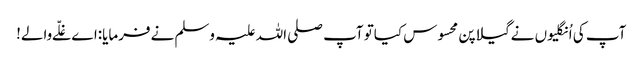
آپ کی اُنگلیوں نےگیلاپن محسوس کیاتو آپ صلی اللہ علیہ وسلم نےفرمایا:اےغلّےوالے!